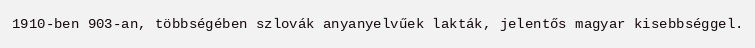
1910-ben 903-an, többségében szlovák anyanyelvűek lakták, jelentős magyar kisebbséggel.